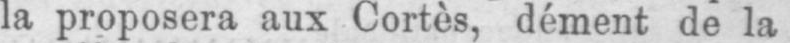
la proposera aux Cortes, dément de la